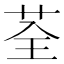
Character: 荃